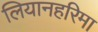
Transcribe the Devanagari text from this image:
लियानहरिमा